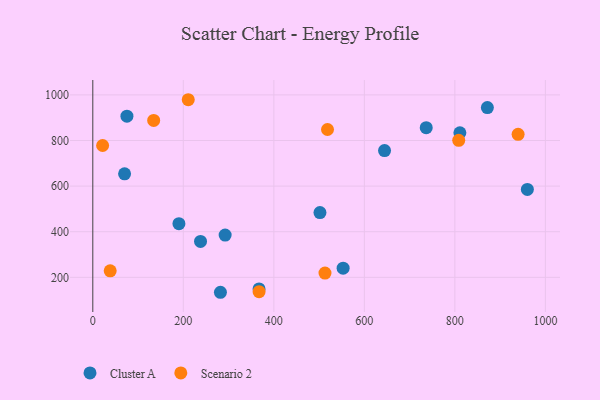
{"axis": {"x": "Investment", "y": "Yield"}, "legend": ["Cluster A", "Scenario 2"], "data": [{"x": "70.2", "y": 654.1, "type": "Cluster A"}, {"x": "75.4", "y": 906.8, "type": "Cluster A"}, {"x": "190.3", "y": 435.2, "type": "Cluster A"}, {"x": "811.1", "y": 834.0, "type": "Cluster A"}, {"x": "553.1", "y": 240.1, "type": "Cluster A"}, {"x": "871.8", "y": 944.2, "type": "Cluster A"}, {"x": "960.2", "y": 585.5, "type": "Cluster A"}, {"x": "367.3", "y": 149.2, "type": "Cluster A"}, {"x": "501.9", "y": 483.8, "type": "Cluster A"}, {"x": "644.6", "y": 755.9, "type": "Cluster A"}, {"x": "292.4", "y": 385.3, "type": "Cluster A"}, {"x": "238.0", "y": 357.4, "type": "Cluster A"}, {"x": "736.7", "y": 856.2, "type": "Cluster A"}, {"x": "282.0", "y": 134.5, "type": "Cluster A"}, {"x": "518.6", "y": 848.3, "type": "Scenario 2"}, {"x": "808.5", "y": 800.7, "type": "Scenario 2"}, {"x": "134.5", "y": 887.9, "type": "Scenario 2"}, {"x": "21.7", "y": 778.0, "type": "Scenario 2"}, {"x": "513.0", "y": 218.7, "type": "Scenario 2"}, {"x": "210.9", "y": 978.8, "type": "Scenario 2"}, {"x": "38.4", "y": 228.5, "type": "Scenario 2"}, {"x": "939.7", "y": 827.1, "type": "Scenario 2"}, {"x": "367.4", "y": 137.3, "type": "Scenario 2"}]}